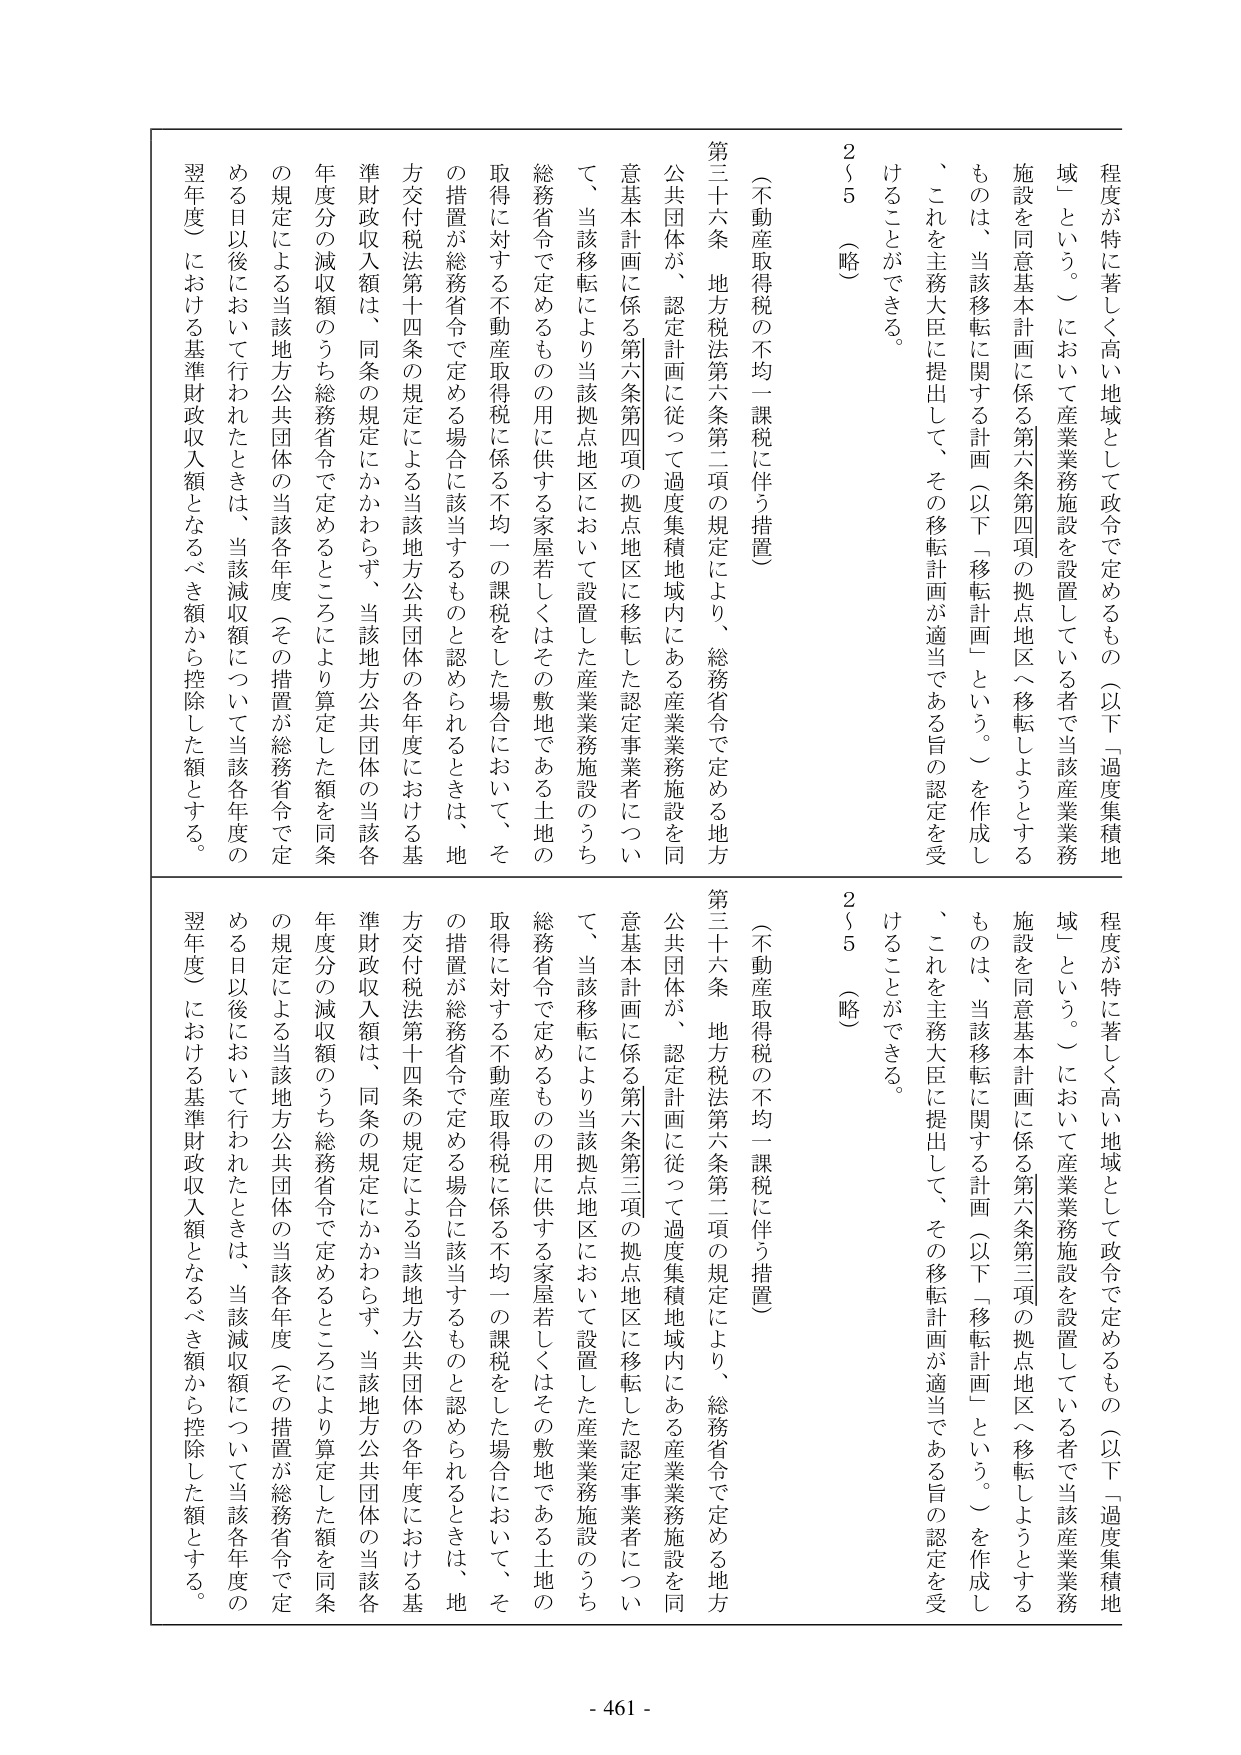
程度が特に著しく高い地域として政令で定めるもの（以下「過度集積地域」という。）において産業業務施設を設置している者で当該産業業務施設を同意基本計画に係る第六条第四項の拠点地区へ移転しようとするものは、当該移転に関する計画（以下「移転計画」という。）を作成し、これを主務大臣に提出して、その移転計画が適当である旨の認定を受けることができる。

2／5（略）

（不動産取得税の不均一課税に伴う措置）

第三十六条 地方税法第六条第二項の規定により、総務省令で定める地方公共団体が、認定計画に従って過度集積地域内にある産業業務施設を同意基本計画に係る第六条第四項の拠点地区に移転した認定事業者について、当該移転により当該拠点地区において設置した産業業務施設のうち総務省令で定めるものの用に供する家屋若しくはその敷地である土地の取得に対する不動産取得税に係る不均一の課税をした場合において、その措置が総務省令で定める場合に該当するものと認められるときは、地方交付税法第十四条の規定による当該地方公共団体の各年度における基準財政収入額は、同条の規定にかかわらず、当該地方公共団体の当該各年度分の減収額のうち総務省令で定めるところにより算定した額を同条の規定による当該地方公共団体の当該各年度（その措置が総務省令で定める日以後において行われたときは、当該減収額について当該各年度の翌年度）における基準財政収入額となるべき額から控除した額とする。

程度が特に著しく高い地域として政令で定めるもの（以下「過度集積地域」という。）において産業業務施設を設置している者で当該産業業務施設を同意基本計画に係る第六条第三項の拠点地区へ移転しようとするものは、当該移転に関する計画（以下「移転計画」という。）を作成し、これを主務大臣に提出して、その移転計画が適当である旨の認定を受けることができる。

2／5（略）

（不動産取得税の不均一課税に伴う措置）

第三十六条 地方税法第六条第二項の規定により、総務省令で定める地方公共団体が、認定計画に従って過度集積地域内にある産業業務施設を同意基本計画に係る第六条第三項の拠点地区に移転した認定事業者について、当該移転により当該拠点地区において設置した産業業務施設のうち総務省令で定めるものの用に供する家屋若しくはその敷地である土地の取得に対する不動産取得税に係る不均一の課税をした場合において、その措置が総務省令で定める場合に該当するものと認められるときは、地方交付税法第十四条の規定による当該地方公共団体の各年度における基準財政収入額は、同条の規定にかかわらず、当該地方公共団体の当該各年度分の減収額のうち総務省令で定めるところにより算定した額を同条の規定による当該地方公共団体の当該各年度（その措置が総務省令で定める日以後において行われたときは、当該減収額について当該各年度の翌年度）における基準財政収入額となるべき額から控除した額とする。

- 461 -